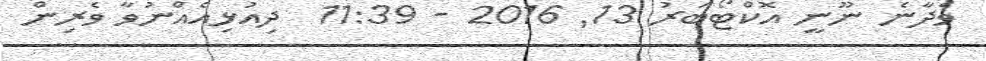
ވެދާނެ ނޫނީ އޮކްޓޯބަރު 13